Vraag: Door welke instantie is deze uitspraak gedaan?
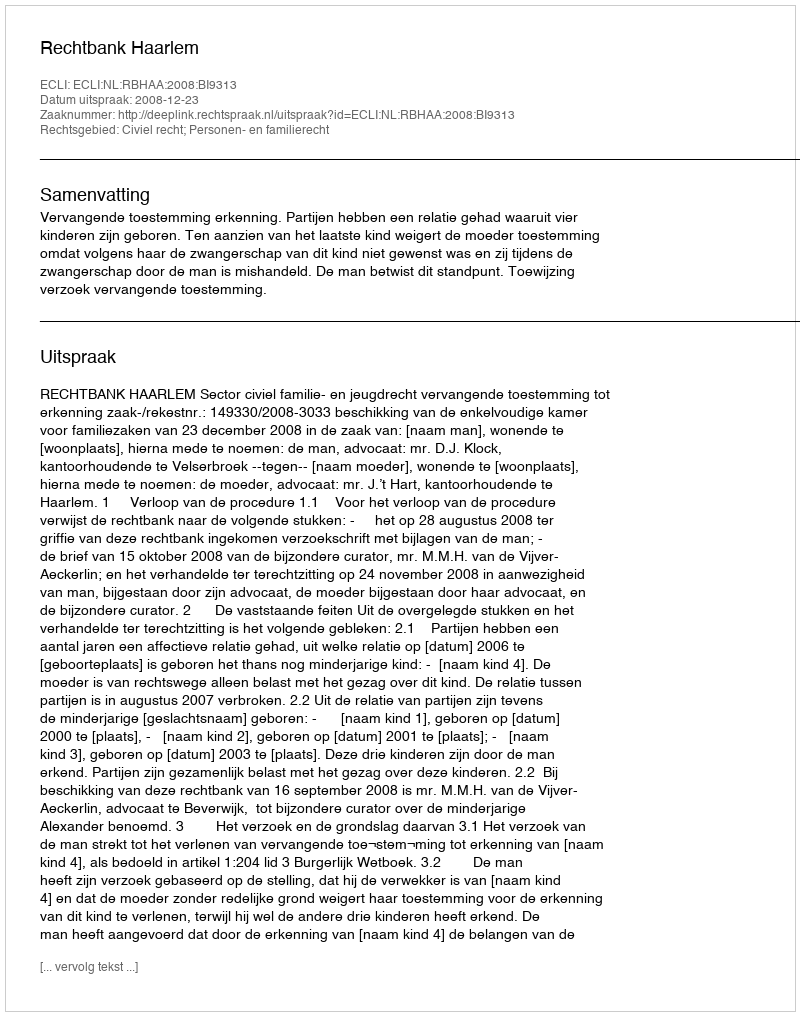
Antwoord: Rechtbank Haarlem